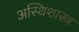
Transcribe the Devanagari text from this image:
अस्थिशास्त्र